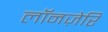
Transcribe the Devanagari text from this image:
लॉनज़ेरि